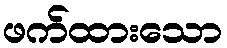
ဖက်ထားသော